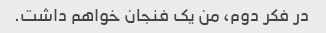
در فکر دوم، من یک فنجان خواهم داشت.